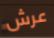
عرش